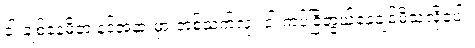
ငါ ချစ်နေမိတဲ့ နင့်အနားမှာ တစ်သက်လုံး ငါ ကပ်ငြိတွယ်နေချင်မိသလိုပေါ့။